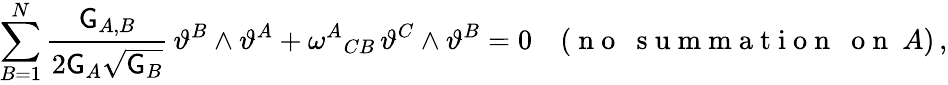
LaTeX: \sum_{B=1}^{N}\frac{\mathsf{G}_{A,B}}{2\mathsf{G}_{A}\sqrt{\mathsf{G}_{B}}}\, \vartheta^{B}\wedge\vartheta^{A}+\omega^{A}{}_{CB}\, \vartheta^{C}\wedge\vartheta^{B}=0\quad(\mathrm{~n~o~~~s~u~m~m~a~t~i~o~n~~~o~n~}~A)\, ,